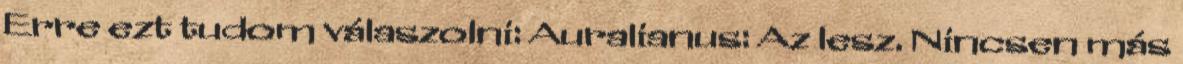
Erre ezt tudom válaszolni: Auralianus: Az lesz. Nincsen más